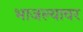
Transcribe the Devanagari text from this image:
भाजल्यावर